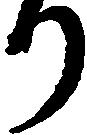
り